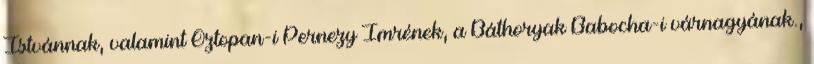
Istvánnak, valamint Oztopan-i Pernezy Imrének, a Báthoryak Babocha-i várnagyának.,